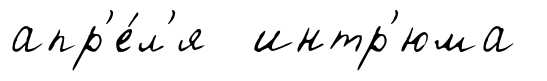
апр'е́л'я интр'юма